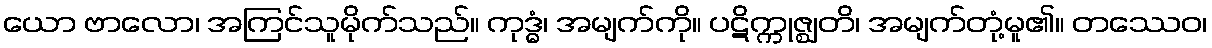
ယော ဗာလော၊ အကြင်သူမိုက်သည်။ ကုဒ္ဓံ၊ အမျက်ကို။ ပဋိက္ကုဇ္ဈတိ၊ အမျက်တုံ့မူ၏။ တဿေဝ၊